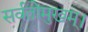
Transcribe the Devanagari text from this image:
सर्वतोमुखम्।